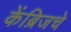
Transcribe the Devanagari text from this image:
केंब्रिजचे